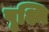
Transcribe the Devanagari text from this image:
पृश्नि